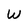
Character: W